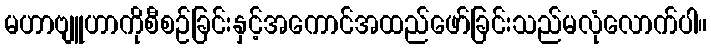
မဟာဗျူဟာကိုစီစဉ်ခြင်းနှင့်အကောင်အထည်ဖော်ခြင်းသည်မလုံလောက်ပါ။